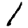
Digit: 1